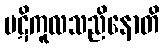
ပဋိကူလသညိနောတိ